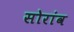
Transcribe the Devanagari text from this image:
सोरांव